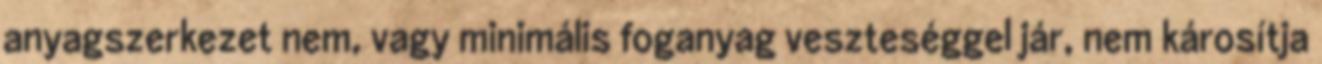
anyagszerkezet nem, vagy minimális foganyag veszteséggel jár, nem károsítja